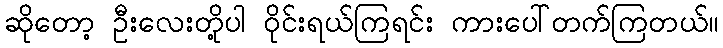
ဆိုတော့ ဦးလေးတို့ပါ ဝိုင်းရယ်ကြရင်း ကားပေါ်တက်ကြတယ်။